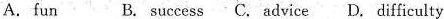
A.fun B. success. C. advice D. difficulty